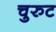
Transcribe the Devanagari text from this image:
चुरुट